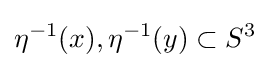
\eta ^{-1}(x),\eta ^{-1}(y)\subset S^{3}